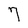
Character: 7